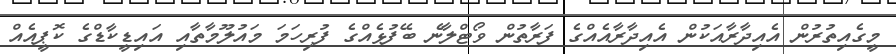
މީގެއިތުރުން އެއިދާރާއަކުން އެއިދާރާއެއްގެ ފަރާތުން ވޯޓްލާނެ ބޭފުޅެއްގެ ފުރިހަމަ މައުލޫމާތާއި އައިޑީކާޑްގެ ކޮޕީއެއް